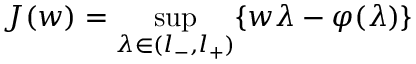
J ( w ) = \operatorname* { s u p } _ { \lambda \in ( l _ { - } , l _ { + } ) } \{ w \lambda - \varphi ( \lambda ) \}